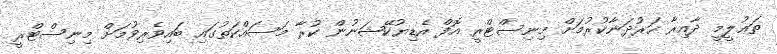
ތަޢުލީމީ ދާއިރާ ހަރުދަނާކުރުމަށް މިނިސްޓްރީ އޮފް އެޑިޔުކޭޝަނުން ކުރާ މަސައްކަތުގައި ބައިވެރިވުމަށް މިނިސްޓްރީ